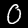
Digit: 0